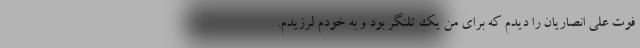
فوت علی انصاریان را دیدم که برای من یک تلنگر بود و به خودم لرزیدم.